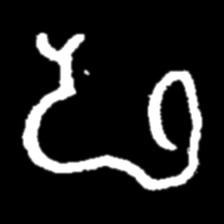
Pyu character \u2014 Myanmar letter: ဖ (romanized: pha)